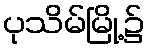
ပုသိမ်မြို့၌